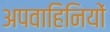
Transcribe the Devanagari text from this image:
अपवाहिनियों